画像に写った文字を読んでください
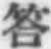
「答」と書いてあります